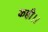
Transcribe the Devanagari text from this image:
कही।।